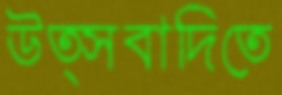
উত্সবাদিতে